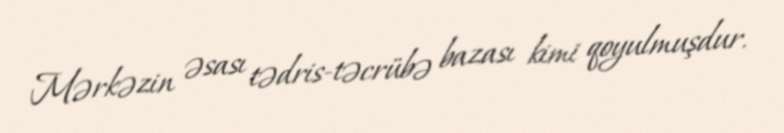
Mərkəzin əsası tədris-təcrübə bazası kimi qoyulmuşdur.